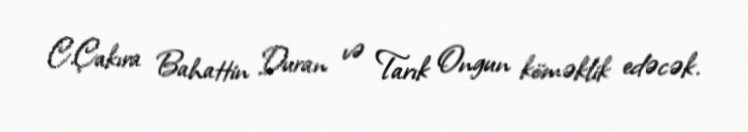
C.Çakıra Bahattin Duran və Tarık Ongun köməklik edəcək.